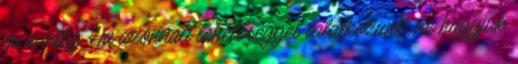
és a világ Ha azonnali lehetőséggel találkozunk, ne hagyjuk